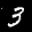
Label: 3